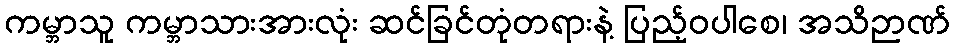
ကမ္ဘာသူ ကမ္ဘာသားအားလုံး ဆင်ခြင်တုံတရားနဲ့ ပြည့်ဝပါစေ၊ အသိဉာဏ်